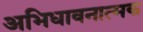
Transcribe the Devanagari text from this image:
अभिधावनात्मक